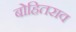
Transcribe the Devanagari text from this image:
बोहितराव